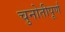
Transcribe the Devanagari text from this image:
चुनोतीपूर्ण